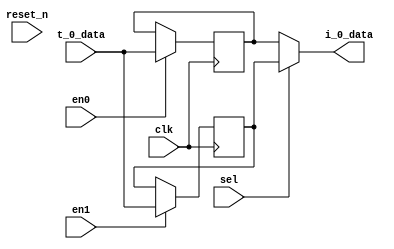
module eb2a_data #(
    parameter T_0_WIDTH = 8,
    parameter I_0_WIDTH = 8
) (
    input [T_0_WIDTH-1:0] t_0_data,
    output wire [I_0_WIDTH-1:0] i_0_data,
    input en0, en1, sel,
    input clk, reset_n
);

reg [I_0_WIDTH-1:0] reg0, reg1;

always @(posedge clk) begin
    if (en0) reg0 <= t_0_data;
    if (en1) reg1 <= t_0_data;
end

assign i_0_data = sel ? reg1 : reg0;

endmodule